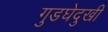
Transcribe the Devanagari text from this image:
गुडघेदुखी